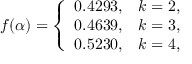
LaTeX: f ( \alpha ) = \left\{ \begin{array} { c c } { { 0 . 4 2 9 3 , } } & { { k = 2 , } } \\ { { 0 . 4 6 3 9 , } } & { { k = 3 , } } \\ { { 0 . 5 2 3 0 , } } & { { k = 4 , } } \end{array} \right.